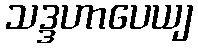
သဒ္ဒဟာပေယျ